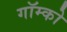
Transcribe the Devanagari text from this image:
गॉम्को